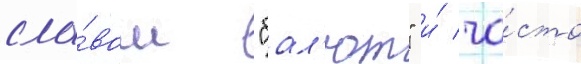
сло́вом "бал'ют" и́ ча́сто